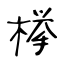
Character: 﨔